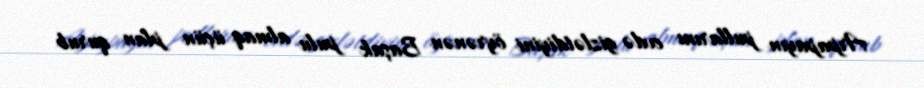
Arpapayın pullarını evdə gizlətdiyini öyrənən Başak pulu almaq üçün plan qurub